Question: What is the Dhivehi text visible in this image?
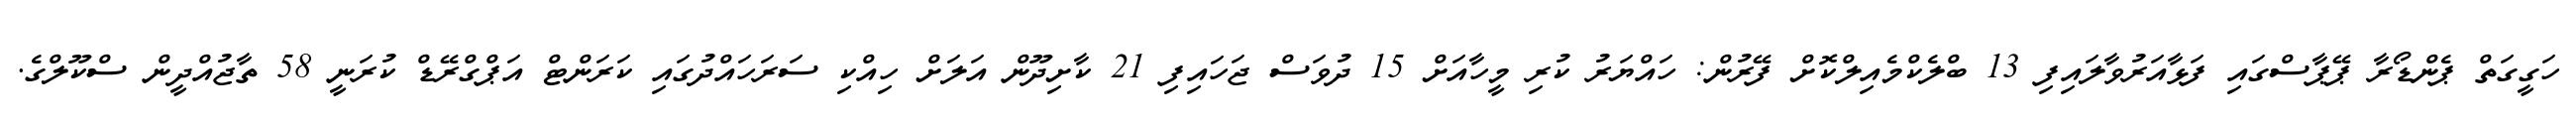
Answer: ހަގީގަތް ޕެންޑޯރާ ޕޭޕާސްގައި ފަޅާއަރުވާލައިފި 13 ބްލެކްމެއިލްކޮށް ފޭރުން: ހައްޔަރު ކުރި މީހާއަށް 15 ދުވަސް ޖަހައިފި 21 ކާށިދޫން އަލަށް ހިއްކި ސަރަހައްދުގައި ކަރަންޓް އަޕްގްރޭޑް ކުރަނީ 58 ތާޖުއްދީން ސްކޫލްގެ.